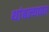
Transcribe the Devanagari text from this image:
थांबल्यावर